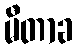
မီတာခ